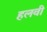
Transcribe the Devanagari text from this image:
हलवी